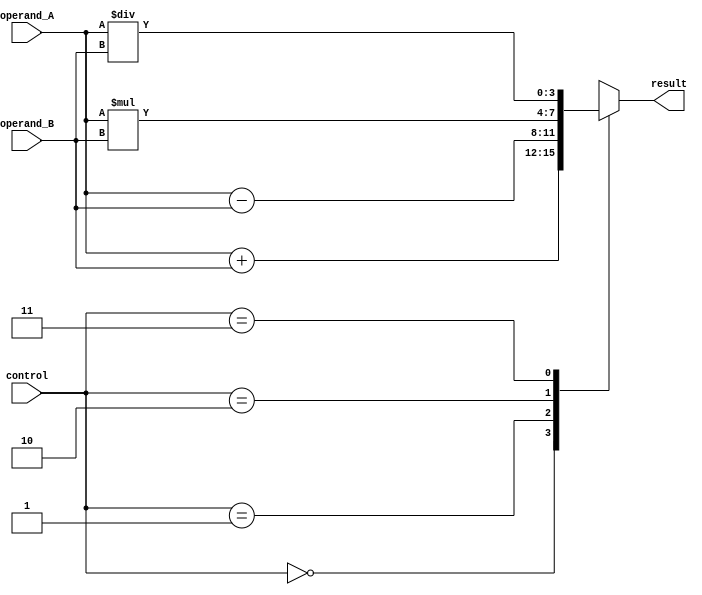
module ALU_4bit (
    input [3:0] operand_A,
    input [3:0] operand_B,
    input [1:0] control,
    output reg [3:0] result
);

always @(*)
begin
    case(control)
        2'b00: result = operand_A + operand_B; // adder operation
        2'b01: result = operand_A - operand_B; // subtractor operation
        2'b10: result = operand_A * operand_B; // multiplier operation
        2'b11: result = operand_A / operand_B; // divider operation
    endcase
end

endmodule